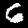
Digit: 6